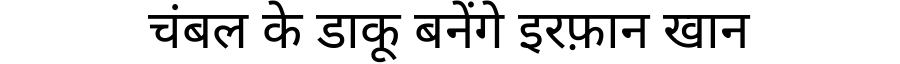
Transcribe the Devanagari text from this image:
चंबल के डाकू बनेंगे इरफ़ान खान